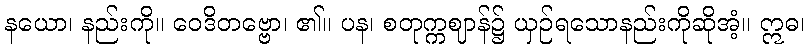
နယော၊ နည်းကို။ ဝေဒိတဗ္ဗော၊ ၏။ ပန၊ စတုက္ကဈာန်၌ ယှဉ်ရသောနည်းကိုဆိုအံ့။ ဣဓ၊